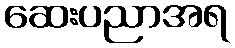
ဆေးပညာအရ